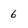
Character: 6